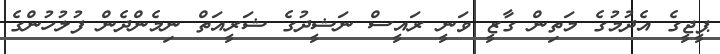
ޕީޖީގެ އެދުމުގެ މަތިން ގާޒީ ވަނީ ރައީސް ނަޝީދުގެ ޝަރީއަތް ނިމެންދެން ފުލުހުންގެ